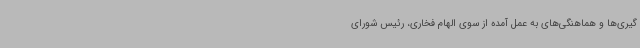
گیری‌ها و هماهنگی‌های به عمل آمده از سوی الهام فخاری، رئیس شورای